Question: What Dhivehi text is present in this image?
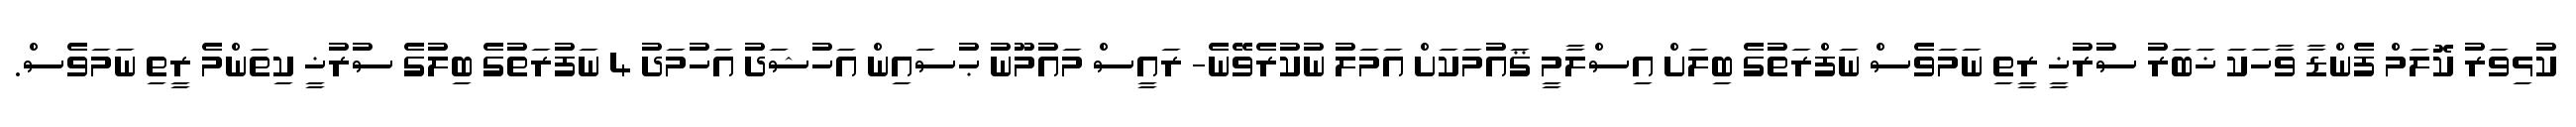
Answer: ކުޅިވަރު ކޮލަމް ފެންޑާ ވާހަކަ ޚަބަރު ސުރުޚީ ރީތި ނަމަވެސް ނަފްރަތުގެ ބިލަށް އިސްލާމީ ޤައުމަކަށް އަމަލު ނުކުރެވޭނެ- ރައީސް މައުމޫނު ޙުސައިން އަހުޝަދު އަހުމަދު 4 ނަފުރަތުގެ ބިލުގެ ސުރުޚީ ކިތަންމެ ރީތި ނަމަވެސް.